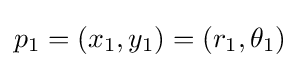
p_{1}=(x_{1},y_{1})=(r_{1},\theta _{1})